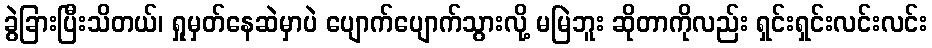
ခွဲခြားပြီးသိတယ်၊ ရှုမှတ်နေဆဲမှာပဲ ပျောက်ပျောက်သွားလို့ မမြဲဘူး ဆိုတာကိုလည်း ရှင်းရှင်းလင်းလင်း